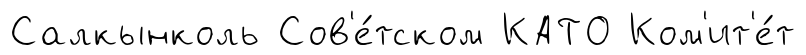
Салкынколь Сов'е́тском КАТО Ком'ит'е́т